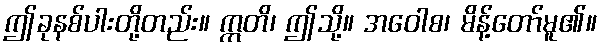
ဤခုနစ်ပါးတို့တည်း။ ဣတိ၊ ဤသို့။ အဝေါစ၊ မိန့်တော်မူ၏။